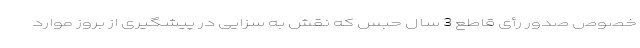
خصوص صدور رأی قاطع 3 سال حبس که نقش به سزایی در پیشگیری از بروز موارد